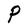
Character: P